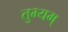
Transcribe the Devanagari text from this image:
तुभ्यम्